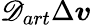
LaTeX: \mathscr{D}_{art}\Delta\boldsymbol{v}